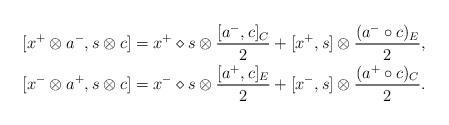
LaTeX: \begin{align*}[x^{+}\otimes a^{-},s\otimes c] & =x^{+}\diamond s\otimes\frac{[a^{-},c]_{C}}{2}+[x^{+},s]\otimes\frac{(a^{-}\circ c)_{E}}{2},\\{}[x^{-}\otimes a^{+},s\otimes c] & =x^{-}\diamond s\otimes\frac{[a^{+},c]_{E}}{2}+[x^{-},s]\otimes\frac{(a^{+}\circ c)_{C}}{2}.\end{align*}